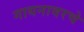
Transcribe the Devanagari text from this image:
गायनावरचे